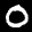
Label: 0